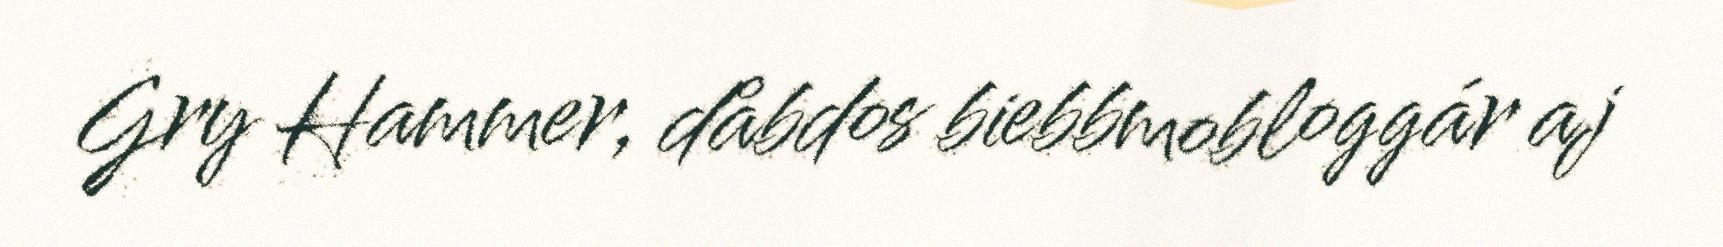
Gry Hammer, dåbdos biebbmobloggár aj